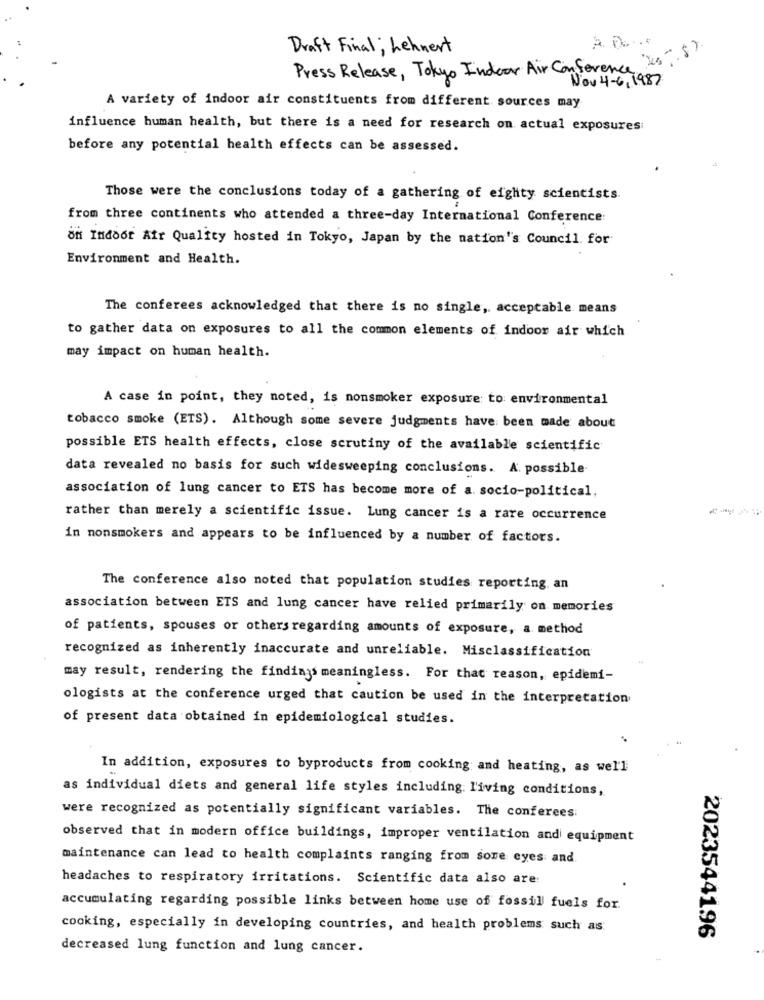
A D ....
Draft Final; Lehnert
Press Release, Tokyo Indoor Air Conference
Nov 4-6, 1987
A variety of indoor air constituents from different sources may
influence human health, but there is a need for research on actual exposures
before any potential health effects can be assessed.
Those were the conclusions today of a gathering of eighty scientists
from three continents who attended a three-day International Conference
on Indoor Air Quality hosted in Tokyo, Japan by the nation's Council. for
Environment and Health.
The conferees acknowledged that there is no single, acceptable means
to gather data on exposures to all the common elements of indoor air which
may impact on human health.
A case in point, they noted, is nonsmoker exposure: to environmental
tobacco smoke (ETS). Although some severe judgments have been made about
possible ETS health effects, close scrutiny of the available scientific
data revealed no basis for such widesweeping conclusions. A. possible.
association of lung cancer to ETS has become more of a. socio-political,
----
rather than merely a scientific issue. Lung cancer is a rare occurrence
in nonsmokers and appears to be influenced by a number of factors.
The conference also noted that population studies reporting, an
association between ETS and lung cancer have relied primarily on memories
of patients, spouses or others regarding amounts of exposure, a method
recognized as inherently inaccurate and unreliable. Misclassification
may result, rendering the findings meaningless. For that reason, epidemi-
ologists at the conference urged that caution be used in the interpretation
of present data obtained in epidemiological studies.
In addition, exposures to byproducts from cooking and heating, as well
as individual diets and general life styles including living conditions,
were recognized as potentially significant variables. The conferees:
observed that in modern office buildings, improper ventilation and equipment
maintenance can lead to health complaints ranging from sore eyes and.
headaches to respiratory irritations. Scientific data also are:
accumulating regarding possible links between home use of fossil fuels for.
cooking, especially in developing countries, and health problems such as
2023544196
decreased lung function and lung cancer.